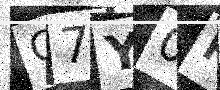
Text: C7Y0RQ